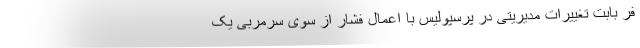
فر بابت تغییرات مدیریتی در پرسپولیس با اعمال فشار از سوی سرمربی یک